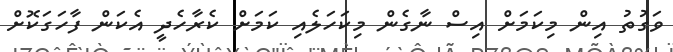
ވަގުތު އިން މިކަމަށް އިސް ނާގެން މިކަހަލެއި ކަމަށް ކެރާހެދީ އެކަން ފާހަގަކޮށް